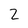
Character: 2